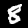
Label: 8